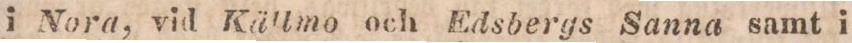
i Nora, vid Källmo och Edsbergs Sanna samt i